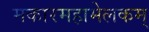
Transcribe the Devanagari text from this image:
मकारमहामेलकम्